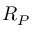
R _ { P }